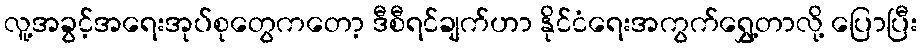
လူ့အခွင့်အရေးအုပ်စုတွေကတော့ ဒီစီရင်ချက်ဟာ နိုင်ငံရေးအကွက်ရွှေ့တာလို့ ပြောပြီး